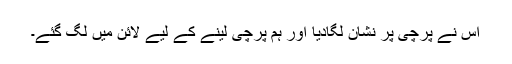
اس نے پرچی پر نشان لگادیا اور ہم پرچی لینے کے لیے لائن میں لگ گئے۔